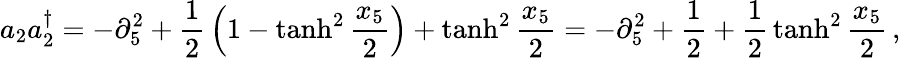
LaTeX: a_{2}a_{2}^{\dagger}=-\partial_{5}^{2}+{\frac{1}{2}}\left(1-\operatorname{tanh}^{2}{\frac{x_{5}}{2}}\right)+\operatorname{tanh}^{2}{\frac{x_{5}}{2}}=-\partial_{5}^{2}+{\frac{1}{2}}+{\frac{1}{2}}\operatorname{tanh}^{2}{\frac{x_{5}}{2}}\, ,